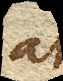
at